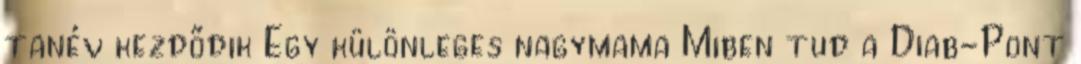
tanév kezdődik Egy különleges nagymama Miben tud a Diab-Pont